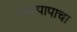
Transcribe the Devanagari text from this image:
महापापाचा